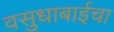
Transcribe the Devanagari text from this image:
वसुधाबाईचा